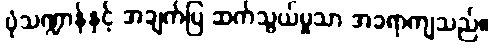
ပုံသဏ္ဍာန်နှင့် အချက်ပြ ဆက်သွယ်မှုသာ အခရာကျသည်။